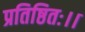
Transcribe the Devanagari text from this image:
प्रतिष्ठितः।।